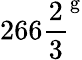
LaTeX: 266{\frac{2}{3}}^{\mathrm{g}}